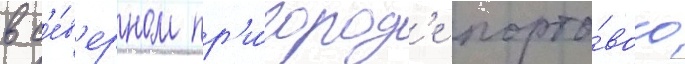
в с'е́в'ерном пр'и́город'е порто́вого